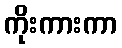
ကိုးကားကာ